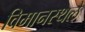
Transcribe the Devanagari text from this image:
विमानस्थले